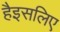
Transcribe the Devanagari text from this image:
हैइसलिए